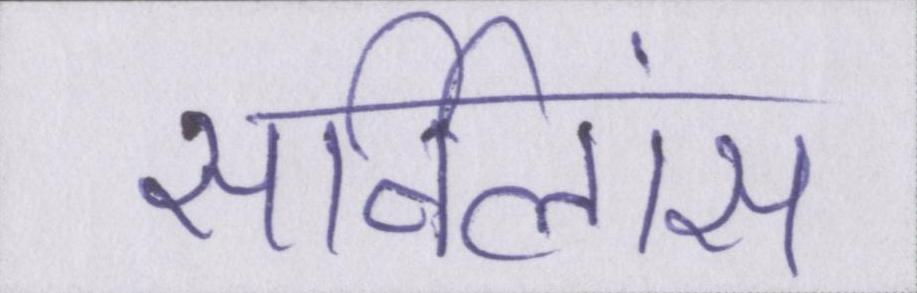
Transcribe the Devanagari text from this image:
सर्विलांस